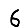
Digit: 6